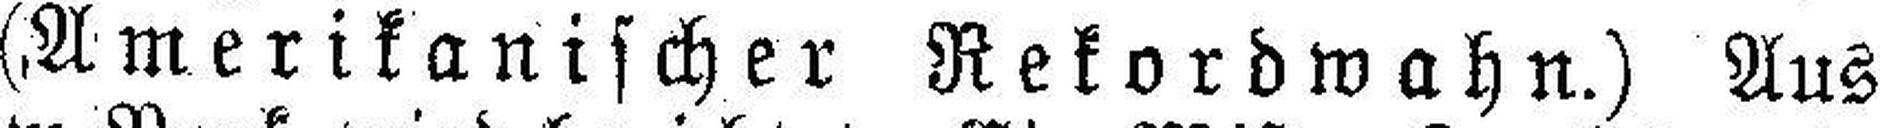
(Amerikanischer Rekordwahn.) Aus